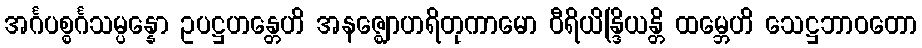
အင်္ဂပစ္စင်္ဂသမ္ပန္နော ဥပဋ္ဌဟန္တေဟိ အနဇ္ဈောဟရိတုကာမော ဝီရိယိန္ဒြိယန္တိ ထမ္ဘေဟိ သေဋ္ဌဘာဝတော